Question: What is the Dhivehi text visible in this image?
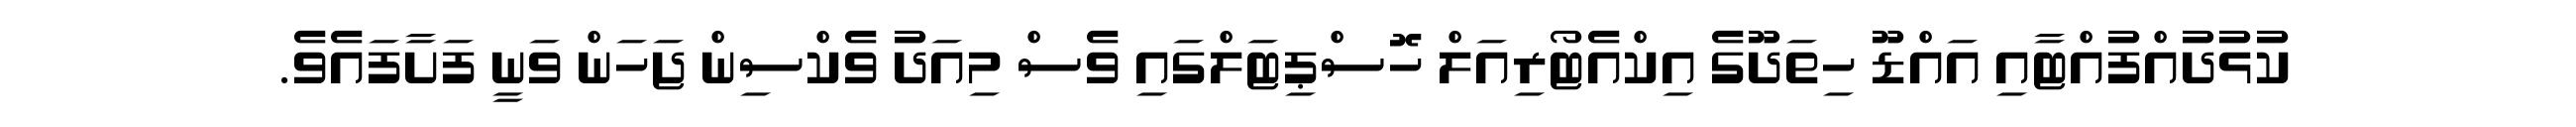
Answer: ކުޅުދުއްފުއްޓާއި އައްޑޫ ހިތަދޫގެ އިކްއެޓޯރިއަލް ހޮސްޕިޓަލްގައި ވެސް މިއަދު ވެކްސިން ޖަހަން ވަނީ ފަށާފައެވެ.